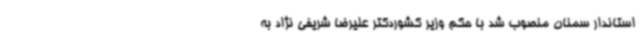
استاندار سمنان منصوب شد با حکم وزیر کشوردکتر علیرضا شریفی نژاد به